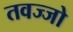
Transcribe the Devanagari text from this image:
तवज्‍जो